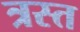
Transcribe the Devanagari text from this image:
त्रस्‍त